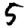
Digit: 5